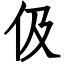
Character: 伋